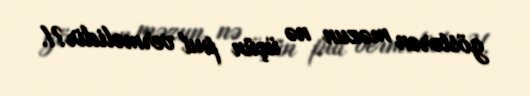
göstərən məzun nə üçün pul verməlidir?!.